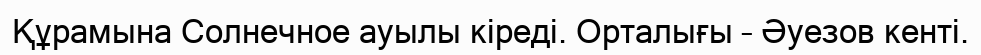
Құрамына Солнечное ауылы кіреді. Орталығы – Әуезов кенті.